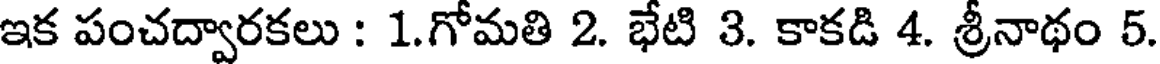
ఇక పంచద్వారకలు : 1.గోమతి 2. భేటి 3. కాకడి 4. శ్రీనాథం 5